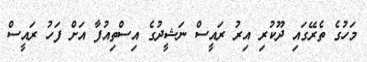
މަހުގެ ތެރޭގައި ދޫކުރި އިރު ރައީސް ނަޝީދުގެ އިސްތިއުފާ އަށް ފަހު ރައީސް